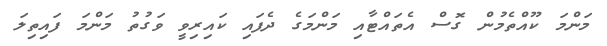
މަންމަ ކޫއްތެމުން ގޮސް އެތައްޓާއި މަންމަގެ ދެފައި ކައިރިވީ ވަގުތު މަންމަ ފައިތިލަ